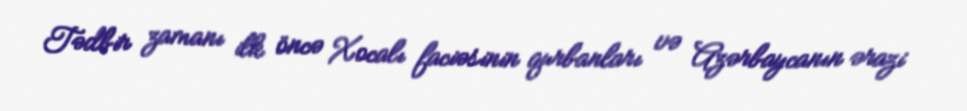
Tədbir zamanı ilk öncə Xocalı faciəsinin qurbanları və Azərbaycanın ərazi